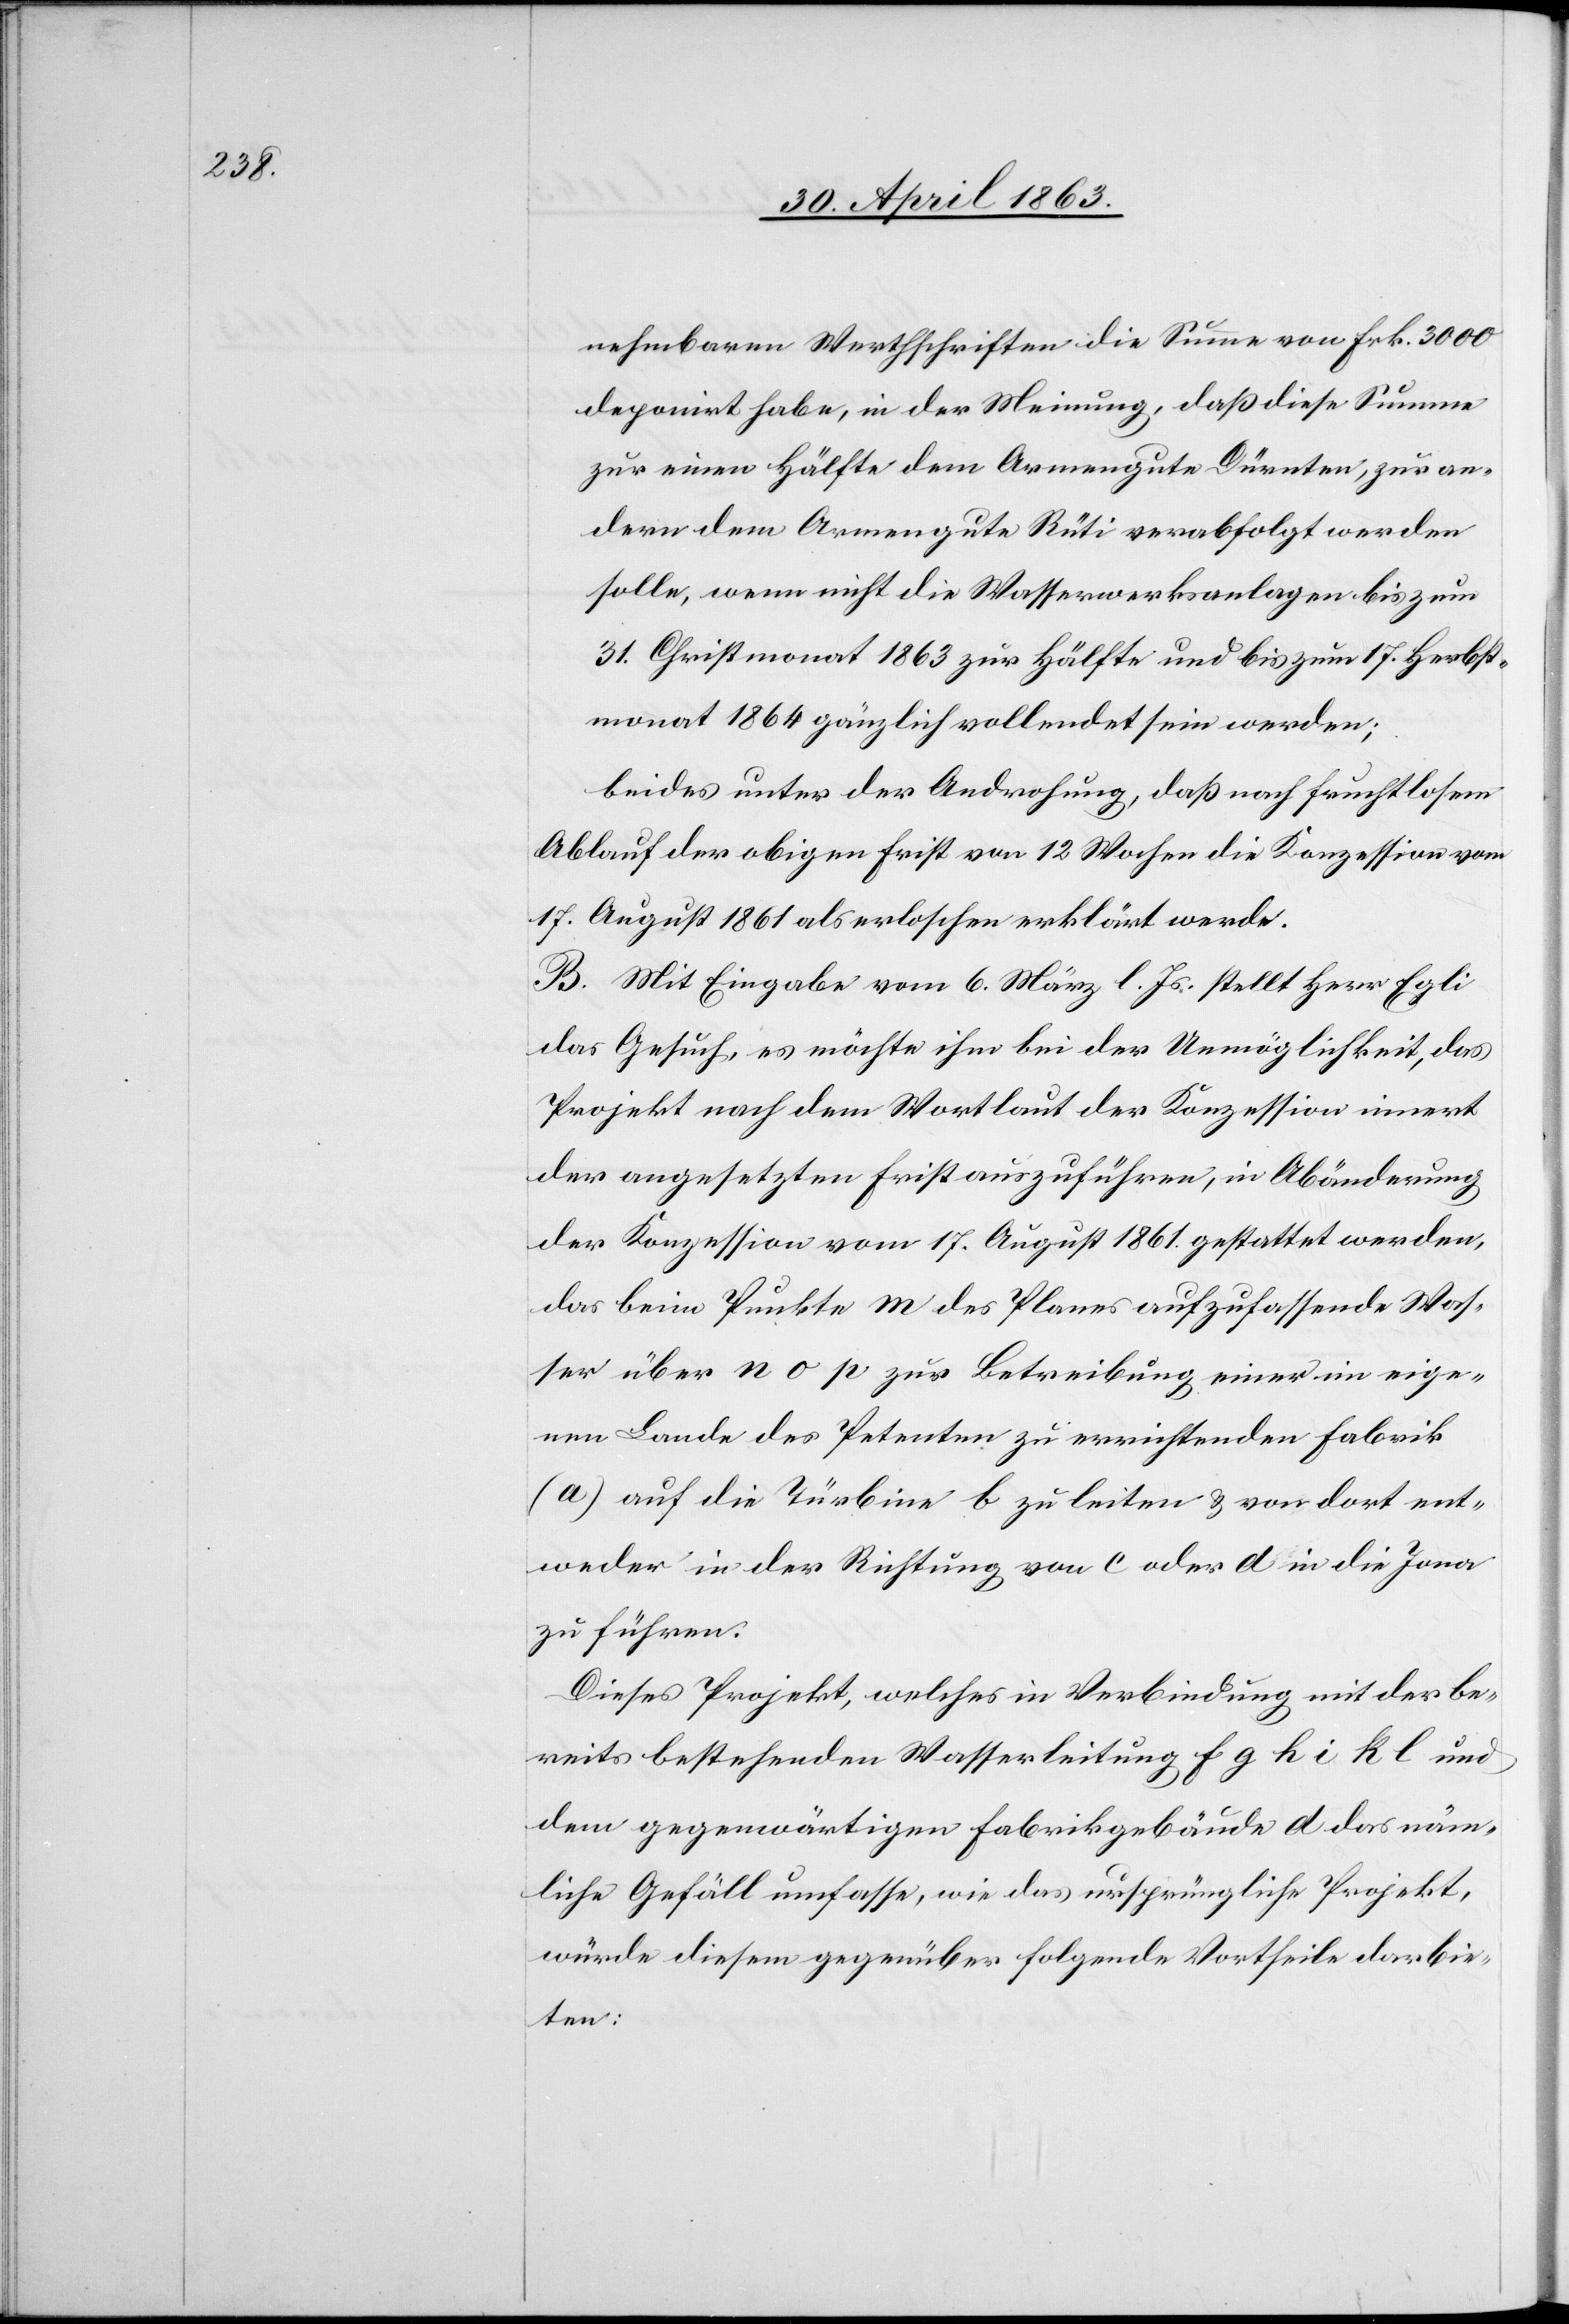
nehmbaren Werthschriften die Summe von Frk. 3000
deponirt habe, in der Meinung, daß diese Summe
zur einen Hälfte dem Armengute Dürnten, zur an¬
dern dem Armengute Rüti verabfolgt werden
solle, wenn nicht die Wasserwerksanlagen bis zum
31. Christmonat 1863 zur Hälfte und bis zum 17. Herbst¬
monat 1864 gänzlich vollendet sein werden;
beides unter der Androhung, daß nach fruchtlosem
Ablauf der obigen Frist von 12 Wochen die Konzession vom
17. August 1861 als erloschen erklärt werde.
B. Mit Eingabe vom 6. März l. Js. stellt Herr Egli
das Gesuch, es möchte ihm bei der Unmöglichkeit, das
Projekt nach dem Wortlaut der Konzession innert
der angesetzten Frist auszuführen, in Abänderung
der Konzession vom 17. August 1861. gestattet werden,
das beim Punkte m des Planes aufzufassende Was¬
ser über n o p zur Betreibung einer im eige¬
nen Lande des Petenten zu errichtenden Fabrik
(a) auf die Türbine b zu leiten & von dort ent¬
weder in der Richtung von c oder d in die Jona
zu führen.
Dieses Projekt, welches in Verbindung mit der be¬
reits bestehenden Wasserleitung f g h i k l und
dem gegenwärtigen Fabrikgebäude d das näm¬
liche Gefäll umfasse, wie das ursprüngliche Projekt,
würde diesem gegenüber folgende Vortheile darbie¬
ten: